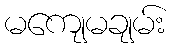
မကျေမချမ်း